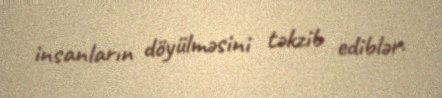
insanların döyülməsini təkzib ediblər.